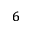
^ { 6 }